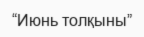
“Июнь толқыны”